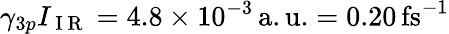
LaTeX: \gamma_{3p}I_{\mathrm{~I~R~}}=4.8\times 10^{-3}\, \mathrm{{a.u.}=0.20\, \mathrm{{fs}^{-1}}}